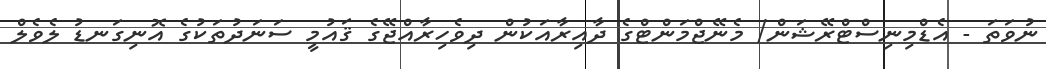
ނުވަތަ - އެޑްމިނިސްޓްރޭޝަން/ މެނޭޖްމަންޓްގެ ދާއިރާއަކުން ދިވެހިރާއްޖޭގެ ޤައުމީ ސަނަދުތަކުގެ އޮނިގަނޑު ލެވެލް